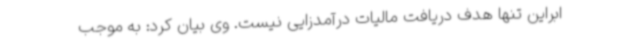
ابراین تنها هدف دریافت مالیات درآمدزایی نیست. وی بیان کرد: به موجب